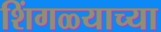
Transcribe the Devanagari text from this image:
शिंगळ्याच्या